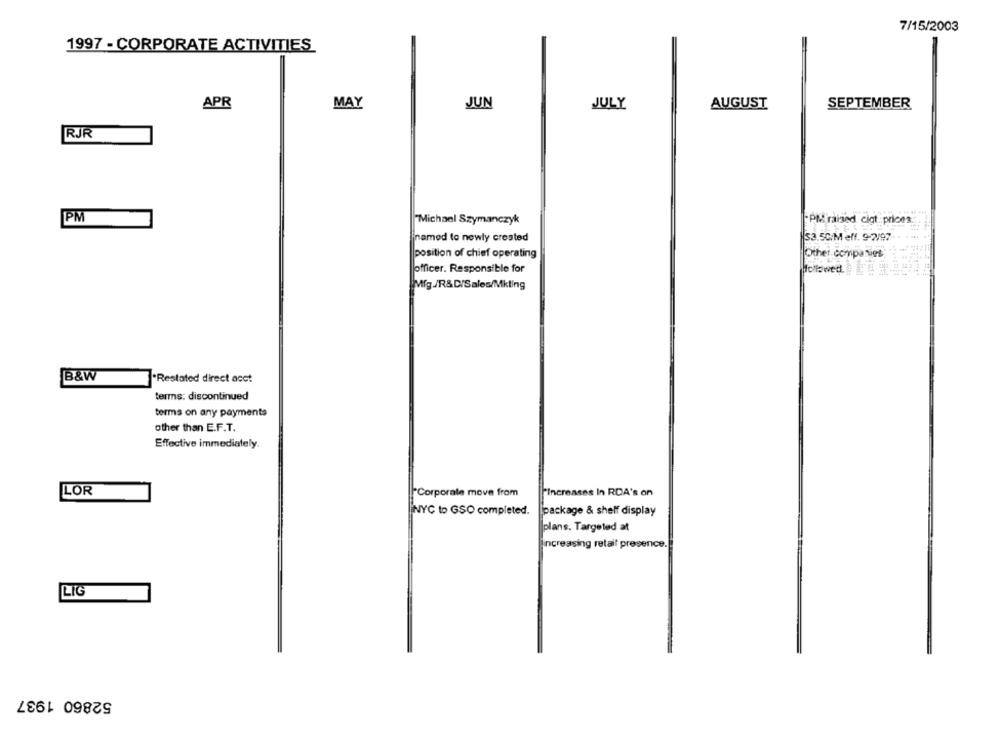
7/15/2003
1997 - CORPORATE ACTIVITIES
SEPTEMBER
APR
MAY
JUN
JULY
AUGUST
RJR
PM
"Michael Szymanczyk
PM raised cigt prices.
named to newly created
33.50/M eff. 9-2/97
Other companies;
position of chief operating
officer. Responsible for
Mig./R& D/Sales/Mkting
B&W
*Restated direct acct
terms: discontinued
terms on any payments
other than E.F.T.
Effective immediately.
LOR
Corporate move from
"Increases In RDA's on
NYC to GSO completed. |package & shelf display
plans. Targeted at
Increasing retaif presence.
LIG
52860 1937